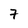
Character: 7